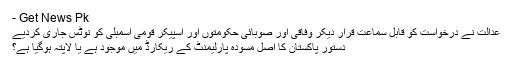
- Get News Pk
عدالت نے درخواست کو قابل سماعت قرار دیکر وفاقی اور صوبائی حکومتوں اور اسپیکر قومی اسمبلی کو نوٹس جاری کردیے
دستور پاکستان کا اصل مسودہ پارلیمنٹ کے ریکارڈ میں موجود ہے یا لاپتہ ہوگیا ہے؟